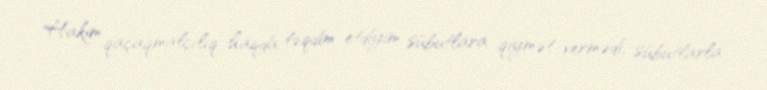
Hakim qaçaqmalçılıq haqda təqdim etdiyim sübutlara qiymət vermədi, sübutlarla